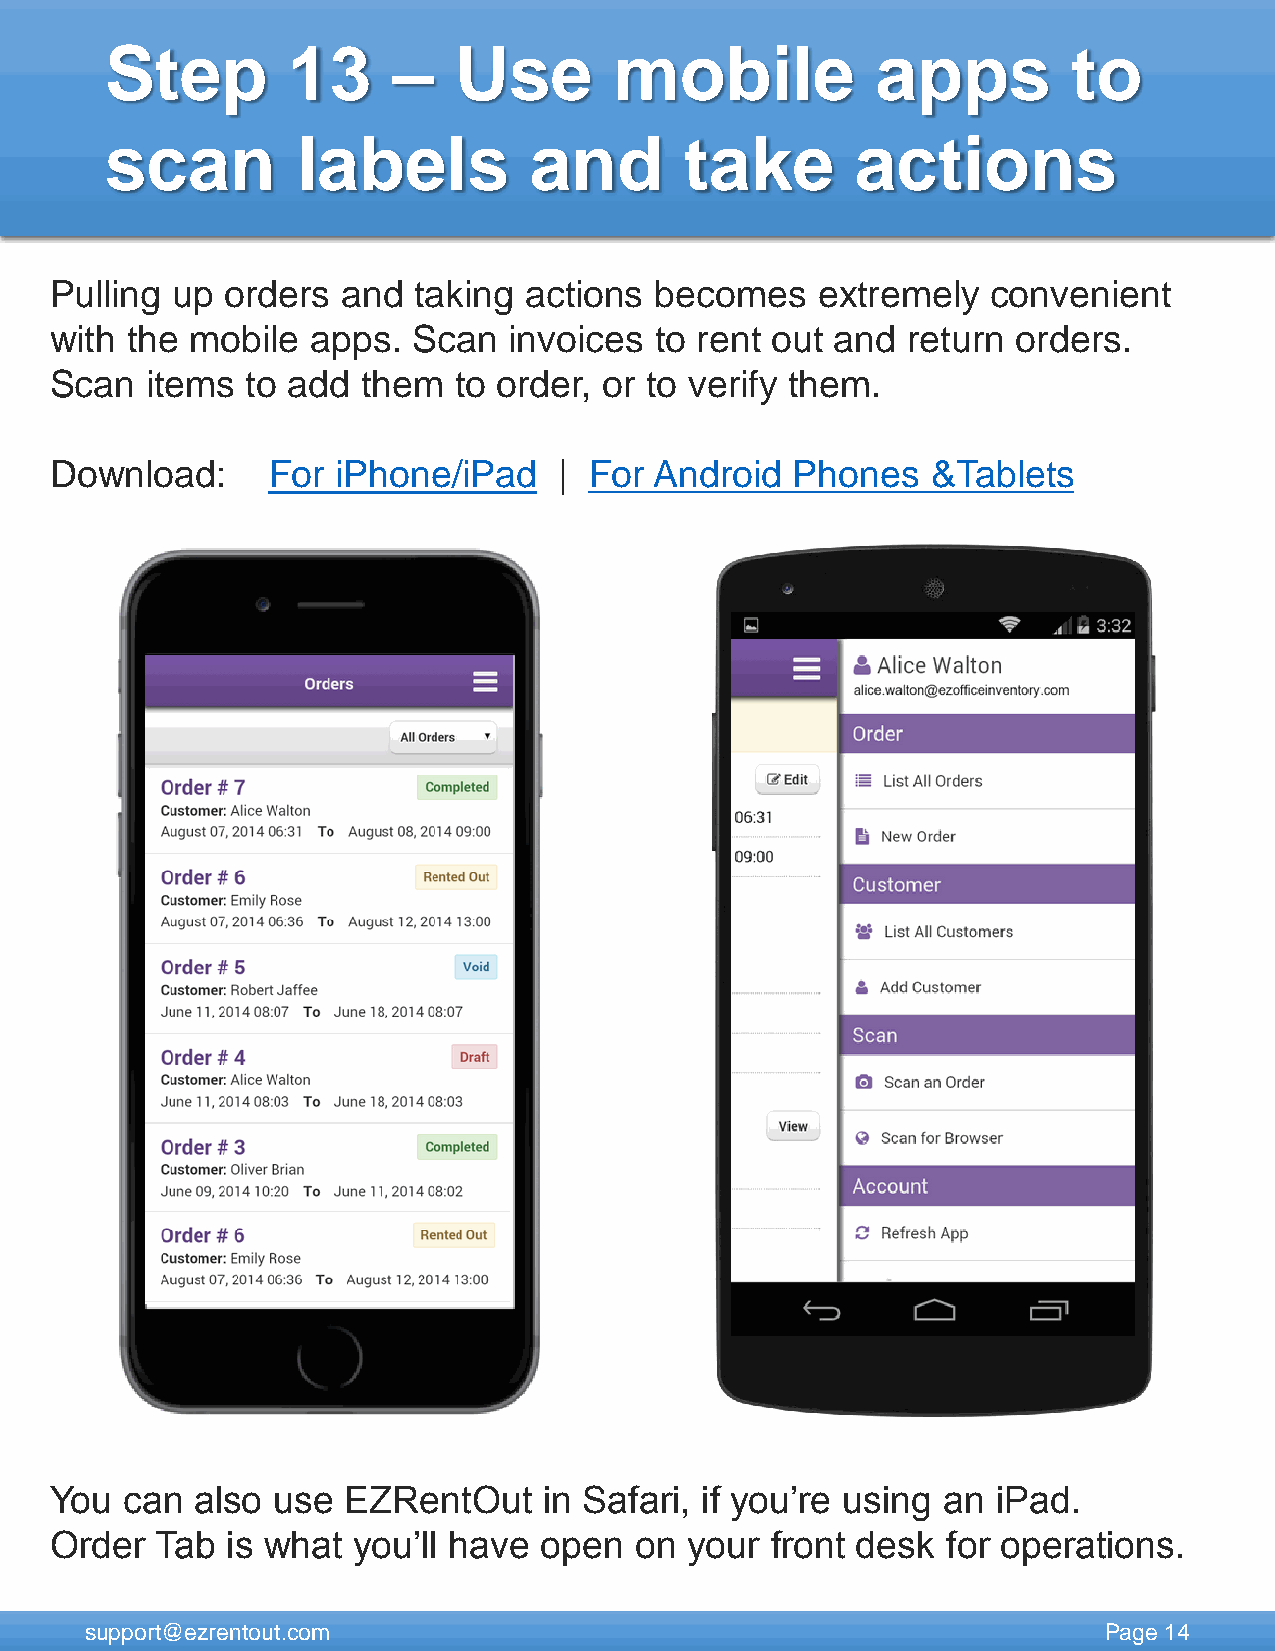
Step        13     –   Use        mobile           apps         to
 scan         labels         and       take        actions
 Pulling up  orders  and taking  actions becomes    extremely   convenient
 with the  mobile  apps. Scan   invoices to rent out and  return orders.
 Scan   items to add  them  to order, or to verify them.
 Download:      For iPhone/iPad    | For Android   Phones   &Tablets
 You  can  also use  EZRentOut    in Safari, if you’re using an iPad.
 Order  Tab  is what you’ll have  open  on  your front desk  for operations.
 support@ezrentout.com                                              Page 14